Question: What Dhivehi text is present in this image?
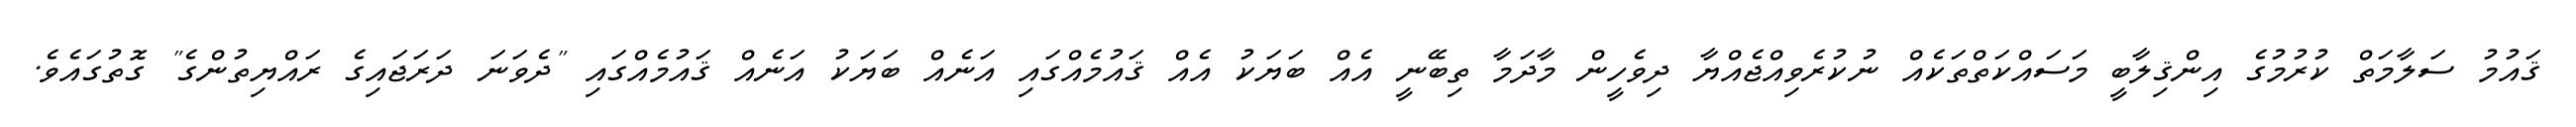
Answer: ޤައުމު ސަލާމަތް ކުރުމުގެ އިންޤިލާބީ މަސައްކަތްތަކެއް ނުކުރެވިއްޖެއްޔާ ދިވެހީން މާދަމާ ތިބޭނީ އެއް ބަޔަކު އެއް ޤައުމެއްގައި އަނެއް ބަޔަކު އަނެއް ޤައުމެއްގައި "ދެވަނަ ދަރަޖައިގެ ރައްޔިތުންގެ" ގޮތުގައެވެ.